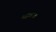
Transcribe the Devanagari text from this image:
महत्तत्त्व